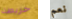
خريطة نعم